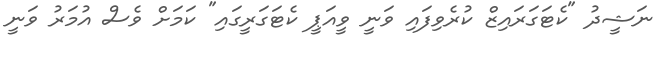
ނަޝީދު "ކެޓަގަރައިޒް ކުރެވިފައި ވަނީ ވީއަޕީ ކެޓަގަރީގައި" ކަމަށް ވެސް އުމަރު ވަނީ